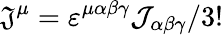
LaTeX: {\mathfrak{J}}^{\mu}=\varepsilon^{\mu\alpha\beta\gamma}{\mathcal{J}}_{\alpha\beta\gamma}/3!